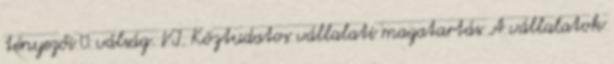
tényezői  válság. VI. Köztudatos vállalati magatartás A vállalatok